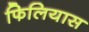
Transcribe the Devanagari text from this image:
फिलियास